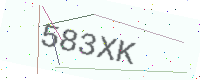
Text: 583XK